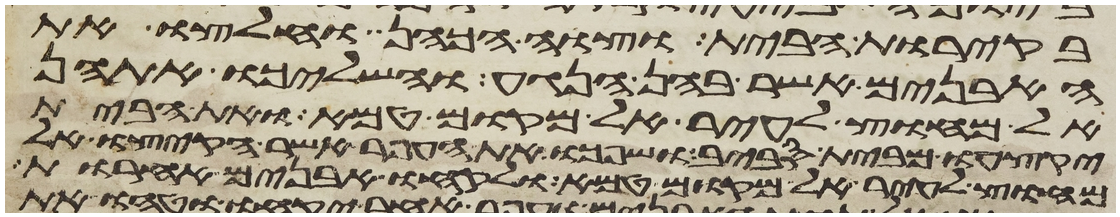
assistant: בקירות הבית וצוה הכהן וחלצו את
האבנים אשר בהן הנגע והשליכו אתהן
אל מחוץ לעיר אל מקום טמא ואת הבית
יקצעו מבית סביב ושפכו את העפר אשר הקיצו אל
מחוץ לעיר אל מקום טמא ולקחו אבנים אחרות